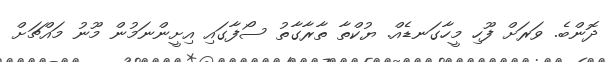
ދޮންބެ. ވަރަށް ފޫހި މީހާގަނޑެއް. ޔުކްތާ ތާރާގާތު ސޯފާގައި އިށީންނަމުން މޫނު މައްޗަށް